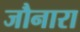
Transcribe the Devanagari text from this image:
जौनारा